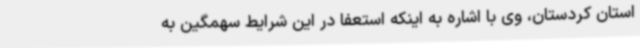
استان کردستان، وی با اشاره به اینکه استعفا در این شرایط سهمگین به